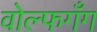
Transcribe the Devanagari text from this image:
वोल्फगँग